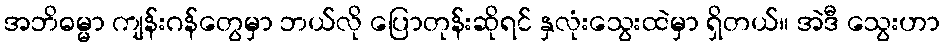
အဘိဓမ္မာ ကျန်းဂန်တွေမှာ ဘယ်လို ပြောတုန်းဆိုရင် နှလုံးသွေးထဲမှာ ရှိတယ်။ အဲဒီ သွေးဟာ